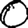
Digit: 0